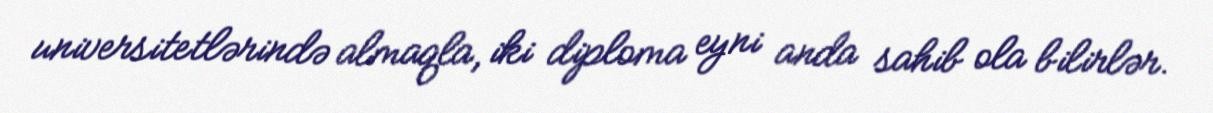
universitetlərində almaqla, iki diploma eyni anda sahib ola bilirlər.